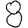
Digit: 8